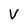
Character: V